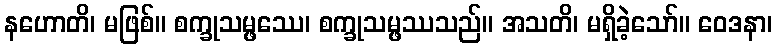
နဟောတိ၊ မဖြစ်။ စက္ခုသမ္ဖဿေ၊ စက္ခုသမ္ဖဿသည်။ အသတိ၊ မရှိခဲ့သော်။ ဝေဒနာ၊